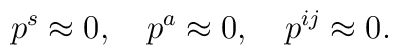
p^s\approx 0,\quad p^a\approx 0,\quad p^{ij}\approx 0.